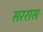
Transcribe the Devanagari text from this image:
सररास